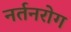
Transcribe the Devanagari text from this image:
नर्तनरोग